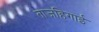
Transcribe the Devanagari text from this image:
ताजहिगाई